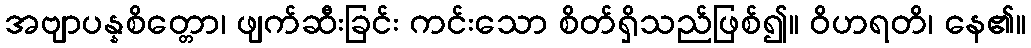
အဗျာပန္နစိတ္တော၊ ဖျက်ဆီးခြင်း ကင်းသော စိတ်ရှိသည်ဖြစ်၍။ ဝိဟရတိ၊ နေ၏။